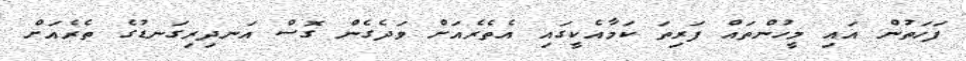
ފަހަތުން އައި މީހުންތައް ފަރިތަ ކަމާއެކީގައި އެތެރެއަށް ވަދެގެން ގޮސް އަނދިރިގަނޑުގެ ތެރެއަށް